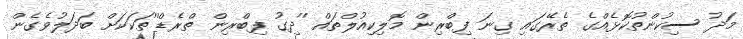
މަދު ސިކުންތުކޮޅެއްގެ ތެރޭގައި ގިނަ ފިބްރިން މޮލިކިއުލްތައް ''ދިގު ފިބްރިން ތްރެޑް''ތަކަކަށް ބަދަލުވެގެން